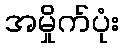
အမှိုက်ပုံး